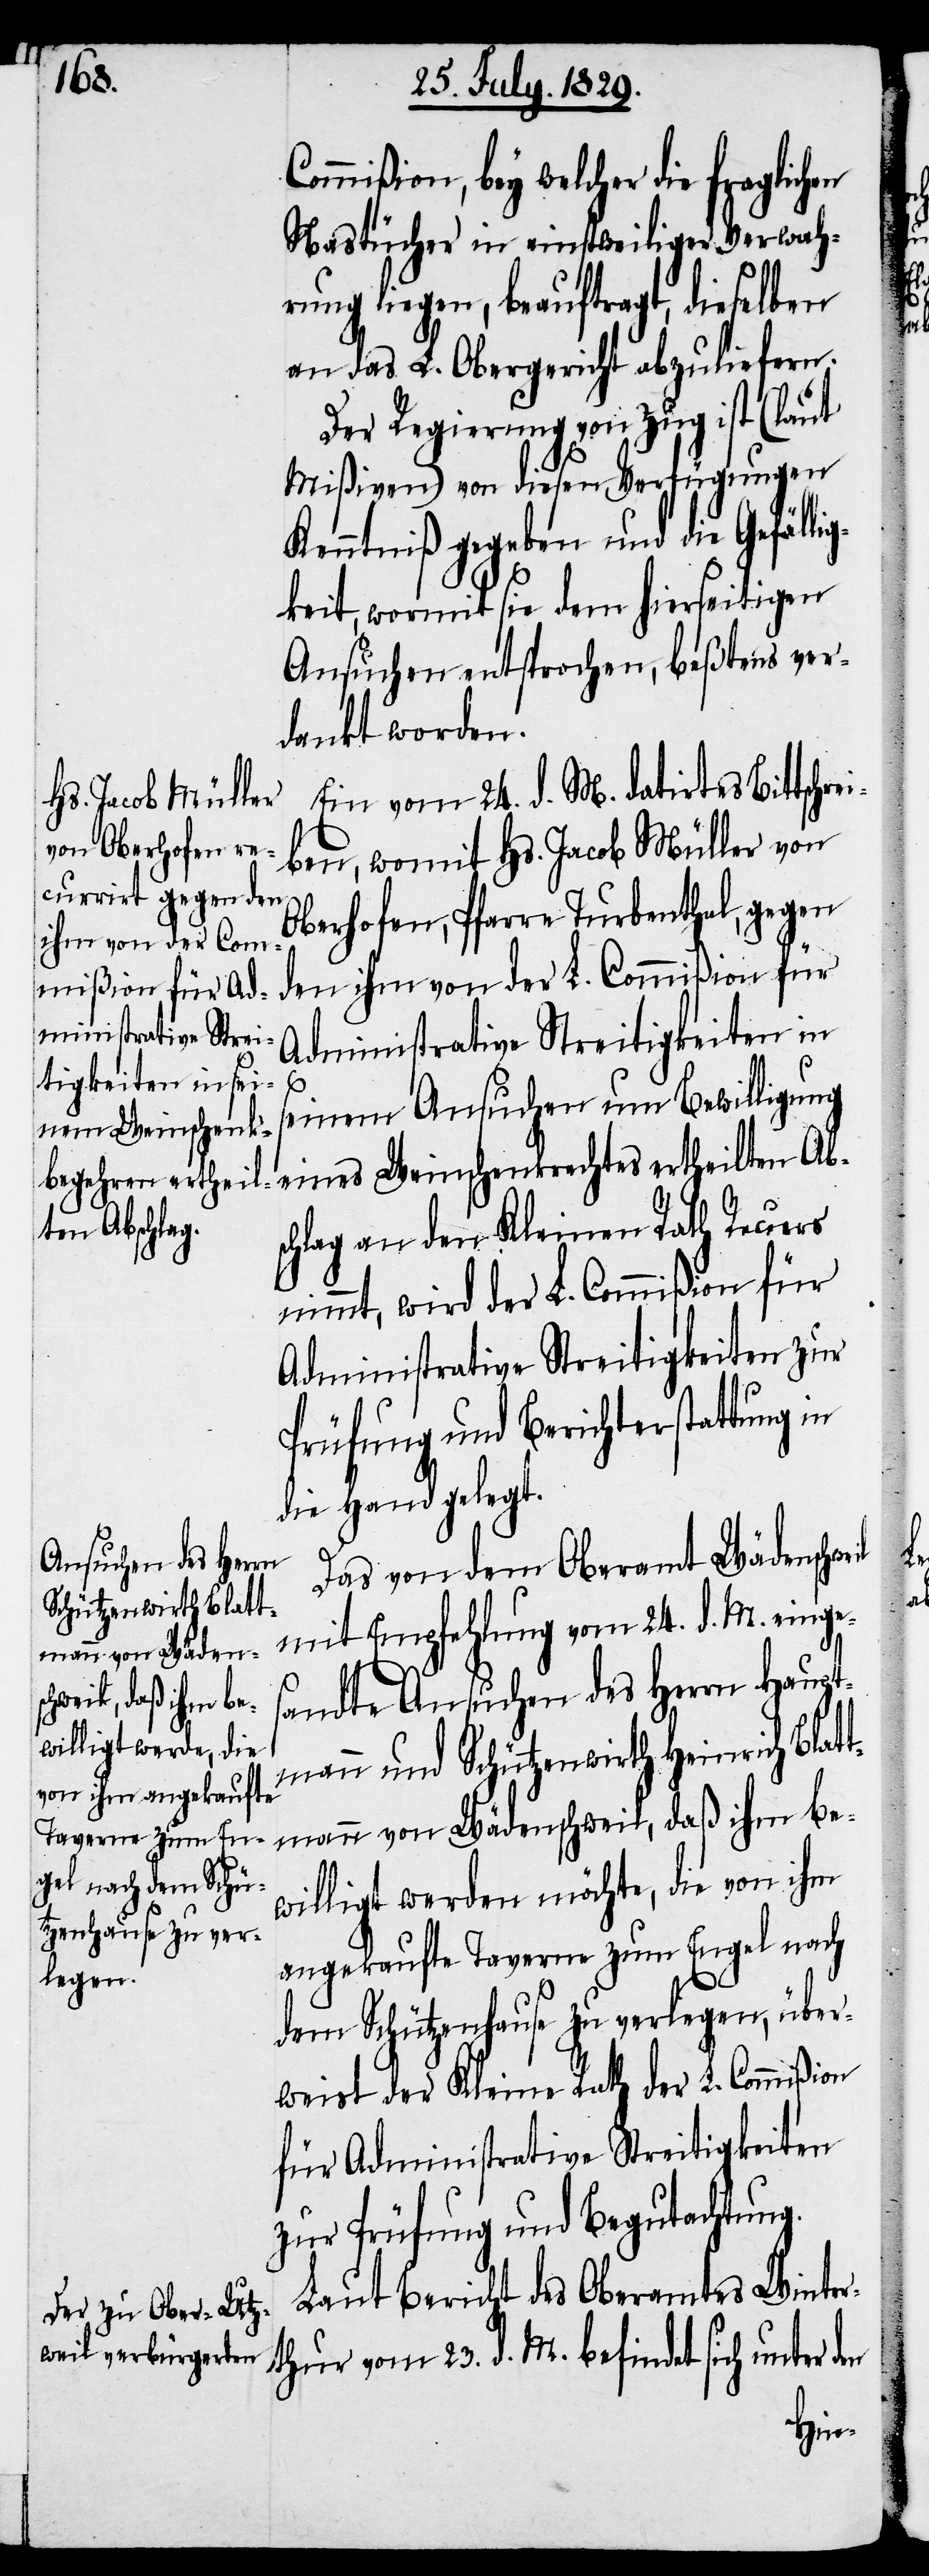
il

Commißion, bey welcher die fraglichen
Nastücher in einstweiliger Verwah¬
rung liegen, beauftragt, dieselben
an das L. Obergericht abzuliefern.
Der Regierung von Zug ist (laut
Mißiven) von diesen Verfügungen
Kenntniß gegeben und die Gefälli¬
gkeit, wormit sie dem hierseitigen
Ansuchen entsprochen, beßtens ver¬
dankt worden.
Ein vom 24. d. M. datirtes Bittschre¬
iben, womit Hs. Jacob Müller von
Oberhofen, Pfarre Turbenthal, gegen
den ihm von der L. Commißion für
Administrative Streitigkeiten in
seinem Ansuchen um Bewilligung
eines Weinschenkrechtes ertheilten Abs¬
chlag an den Kleinen Rath Recurs
nimmt, wird der L. Commißion für
Administrative Streitigkeiten zur
Prüfung und Berichterstattung in
die Hand gelegt.
Das von dem Oberamt Wädenschwe¬
mit Empfehlung vom 24. d. M. einge¬
sandte Ansuchen des Herrn Haupt¬
mann und Schützenwirth Heinrich Blat¬
tmann von Wädenschweil, daß ihm be¬
willigt werden möchte, die von ihm
angekaufte Taverne zum Engel nach
dem Schützenhause zu verlegen, über¬
weist der Kleine Rath der L. Commißion
für Administrative Streitigkeiten
zur Prüfung und Begutachtung.
Laut Bericht des Oberamtes Winter¬
thur vom 23. d. M. befindet sich unter
den